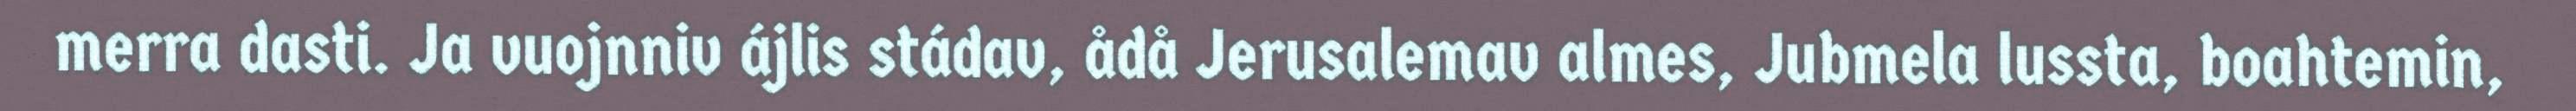
merra dasti. Ja vuojnniv ájlis stádav, ådå Jerusalemav almes, Jubmela lussta, boahtemin,